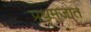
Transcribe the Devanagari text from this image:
प्रथमजात